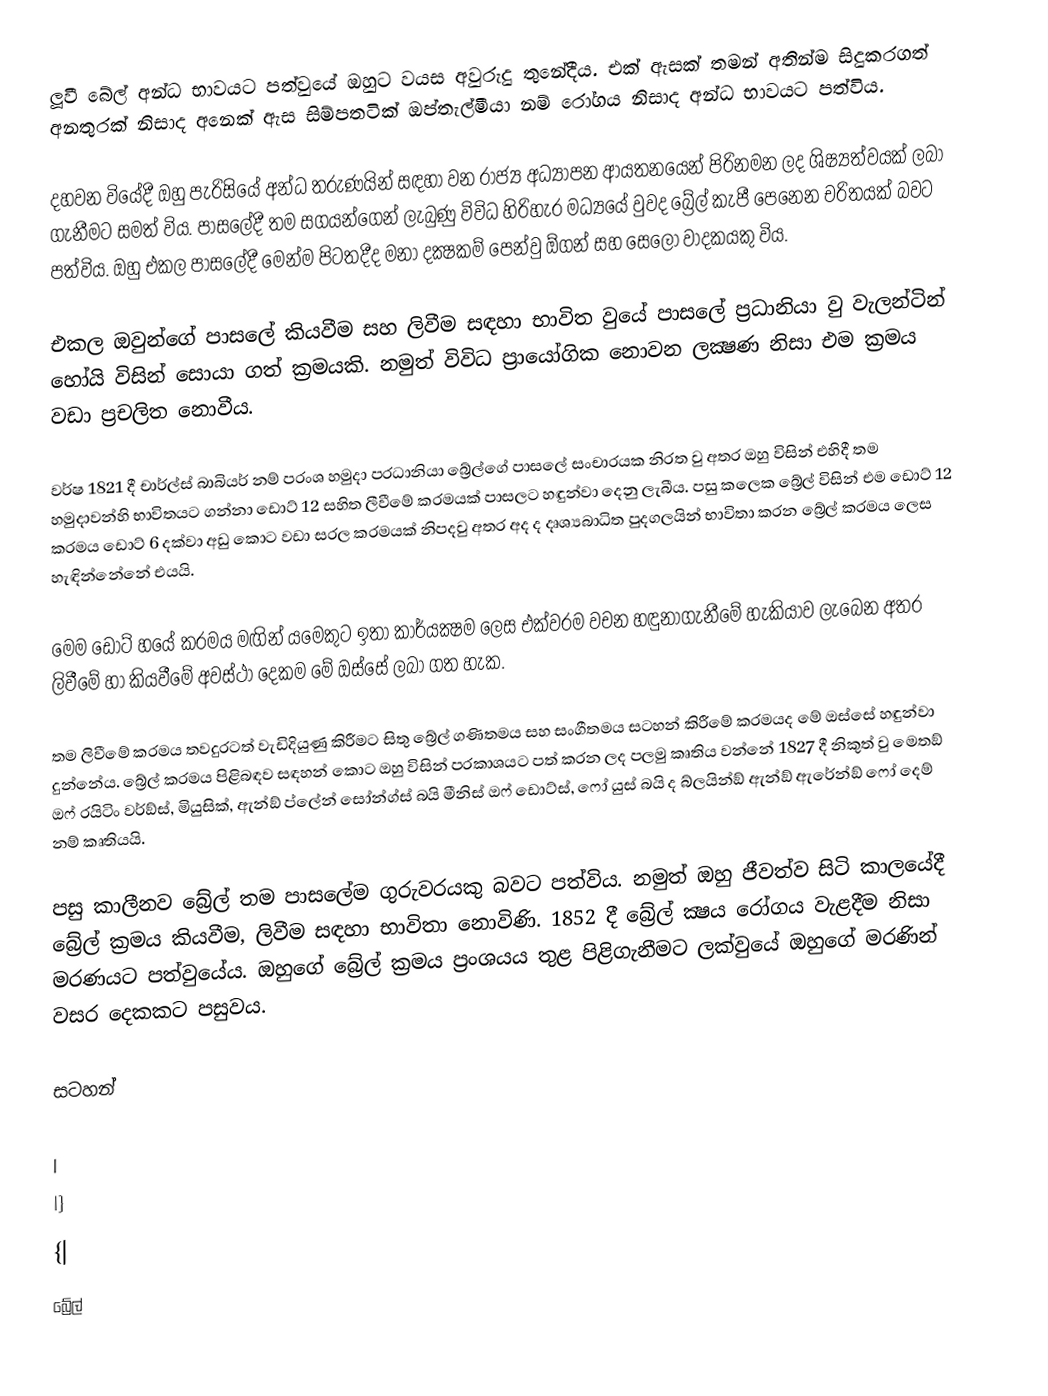
ලූවී බේල් අන්ධ භාවයට පත්වුයේ ඔහුට වයස අවුරුදු තුනේදීය. එක් ඇසක් තමන් අතින්ම සිදුකරගත් අනතුරක් නිසාද අනෙක් ඇස සිම්පතටික් ඔප්තැල්මීයා නම් රෝගය නිසාද අන්ධ භාවයට පත්විය.

දහවන වියේදී ඔහු පැරිසියේ අන්ධ තරුණයින් සඳහා වන රාජ්‍ය අධ්‍යාපන ආයතනයෙන් පිරිනමන ලද ශිෂ්‍යත්වයක් ලබා ගැනීමට සමත් විය. පාසලේදී තම සගයන්ගෙන් ලැබුණු විවිධ හිරිහැර මධ්‍යයේ වුවද බ්‍රේල් කැපී පෙනෙන චරිතයක් බවට පත්විය. ඔහු එකල පාසලේදී මෙන්ම පිටතදීද මනා දක්‍ෂකම් පෙන්වු  ඕගන් සහ සෙලෝ වාදකයකු විය.

එකල ඔවුන්ගේ පාසලේ කියවීම සහ ලිවීම සඳහා භාවිත වුයේ පාසලේ ප‍්‍රධානියා වු වැලන්ටින් හෝයි විසින් සොයා ගත් ක‍්‍රමයකි. නමුත් විවිධ ප‍්‍රායෝගික නොවන ලක්‍ෂණ නිසා එම ක‍්‍රමය වඩා ප‍්‍රචලිත නොවීය.

වර්ෂ 1821 දී චාර්ල්ස් බාබියර් නම් ප‍්‍රංශ හමුදා ප‍්‍රධානියා බ්‍රේල්ගේ පාසලේ සංචාරයක නිරත වු අතර ඔහු විසින් එහිදී තම හමුදාවන්හි භාවිතයට ගන්නා ඩොට් 12 සහිත ලීවීමේ ක‍්‍රමයක් පාසලට හඳුන්වා දෙනු ලැබීය. පසු කලෙක බ්‍රේල් විසින් එම ඩොට් 12 ක‍්‍රමය ඩොට් 6 දක්වා අඩු කොට වඩා සරල ක‍්‍රමයක් නිපදවු අතර අද ද දෘශ්‍යබාධිත පුදගලයින් භාවිතා කරන බ්‍රේල් ක‍්‍රමය ලෙස හැඳින්නේනේ එයයි.

මෙම ඩොට් හයේ ක‍්‍රමය මඟින් යමෙකුට ඉතා කාර්යක්‍ෂම ලෙස එක්වරම වචන හඳුනාගැනීමේ හැකියාව ලැබෙන අතර ලිවීමේ හා කියවීමේ අවස්ථා දෙකම මේ ඔස්සේ ලබා ගත හැක.

තම ලිවීමේ ක‍්‍රමය තවදුරටත් වැඩිදියුණු කිරීමට සිතු බ්‍රේල් ගණිතමය සහ සංගීතමය සටහන් කිරීමේ ක‍්‍රමයද මේ ඔස්සේ හඳුන්වා දුන්නේය. බ්‍රේල් ක‍්‍රමය පිළිබඳව සඳහන් කොට ඔහු විසින් ප‍්‍රකාශයට පත් කරන ලද පලමු කෘතිය වන්නේ 1827 දී නිකුත් වු මෙතඞ් ඔෆ් රයිටිං වර්ඞ්ස්, මියුසික්, ඇන්ඞ් ප්ලේන් සෝන්ග්ස් බයි මීනිස් ඔෆ් ඩොට්ස්, ෆෝ යුස් බයි ද බ්ලයින්ඞ් ඇන්ඞ් ඇරේන්ඞ් ෆෝ දෙම් නම් කෘතියයි.

පසු කාලීනව බ්‍රේල් තම පාසලේම ගුරුවරයකු බවට පත්විය. නමුත් ඔහු ජීවත්ව සිටි කාලයේදී බ්‍රේල් ක‍්‍රමය කියවීම, ලිවීම සඳහා භාවිතා නොවිණි. 1852 දී බ්‍රේල් ක්‍ෂය රෝගය වැළදීම නිසා මරණයට පත්වුයේය. ඔහුගේ බ්‍රේල් ක‍්‍රමය ප‍්‍රංශයය තුළ පිළිගැනීමට ලක්වුයේ ඔහුගේ මරණින් වසර දෙකකට පසුවය.

සටහන්

|
|}
{|
බ්‍රේල්